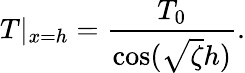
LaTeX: T|_{x=h}=\frac{{{T_{0}}}}{{\cos(\sqrt\zeta h)}}.